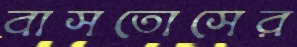
বাসতোসের